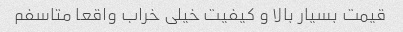
قیمت بسیار بالا و کیفیت خیلی خراب واقعا متاسفم